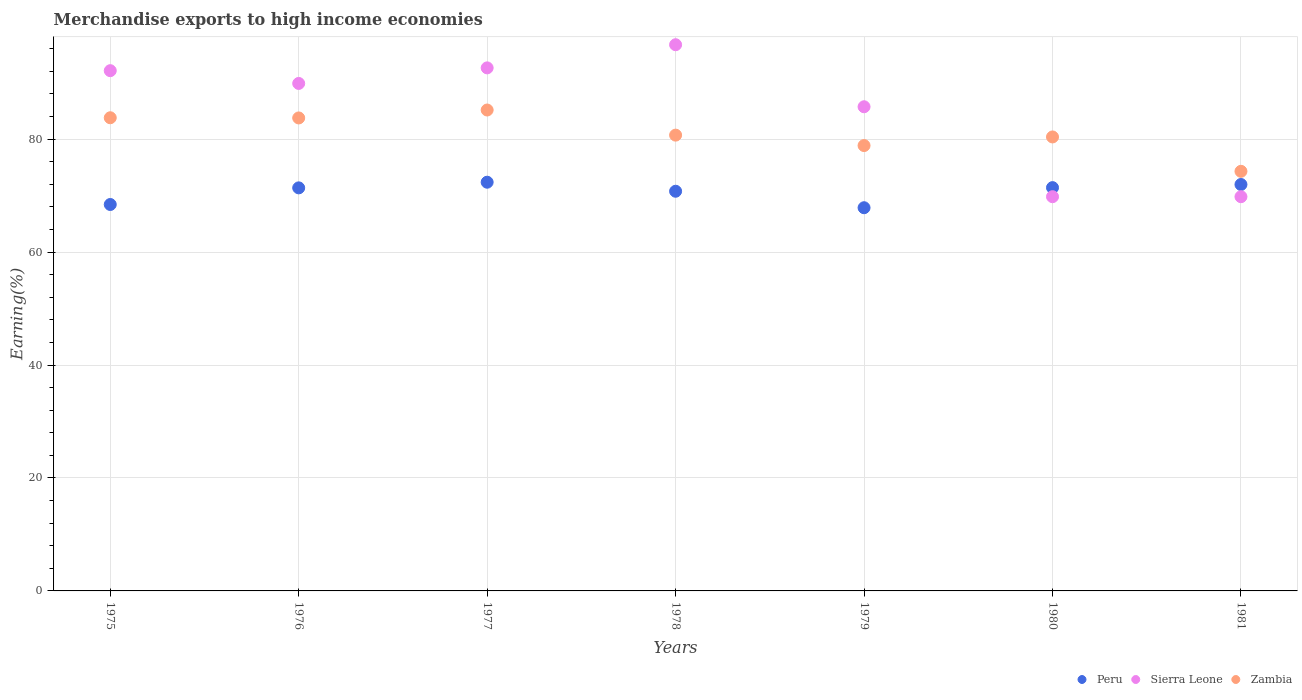
| Years | Peru | Sierra Leone | Zambia |
 | --- | --- | --- | --- |
 | 1975 | 68.4 | 92.1 | 83.8 |
 | 1976 | 71.4 | 89.9 | 83.8 |
 | 1977 | 72.4 | 92.6 | 85.2 |
 | 1978 | 70.8 | 96.7 | 80.7 |
 | 1979 | 67.9 | 85.7 | 78.9 |
 | 1980 | 71.4 | 69.8 | 80.4 |
 | 1981 | 72 | 69.8 | 74.3 |